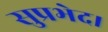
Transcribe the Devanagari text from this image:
सुप्रभेद।